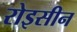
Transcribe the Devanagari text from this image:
रोइसीन